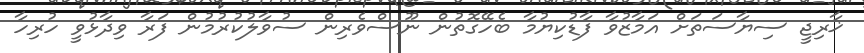
ޚާރިޖީ ސިޔާސަތަށް އަމާޒުވާ ފާޑުކިޔުމާ ބެހޭގޮތުން ނޫސްވެރިން ސުވާލުކުރުމުން ފަރާ ވިދާޅުވީ ހުރިހާ